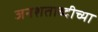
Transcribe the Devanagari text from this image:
जनशताब्दीच्या